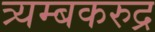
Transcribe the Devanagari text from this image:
त्र्यम्बकरुद्र